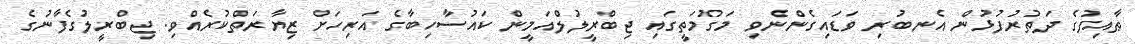
ޠާއިފުގެ ދަތުރުފުޅުން އެނބުރި ވަޑައިގެންނެވި މަގުމަތީގައި ޖިބްރީލުލްއަމީން ކައުސާހިބާގެ އަރިހަށް ޒިޔާރަތްކުރެއްވި. ޖިބްރީލުގެފާނުގެ